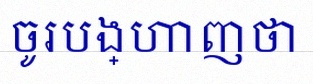
ចូរបង្ហាញថា